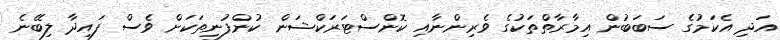
އަދި އެކަމުގެ ސަބަބުން އިމާރާތްތަކުގެ ވެރިންނާއި ކޮންސްޓަރަކްޝަން ކުންފުނިތަކަށް ވެސް ފައިދާ ލިބޭނެ